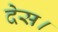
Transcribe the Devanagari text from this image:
देस।